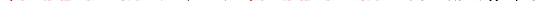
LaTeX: \smash{\ensuremath{\mathcal{D}_{\perp}}\to\ensuremath{\mathrm{\ textsl{v}}_{0}}^{2}/\upsilon}